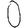
Digit: 0